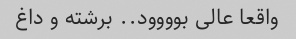
واقعا عالی بوووود.. برشته و داغ